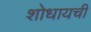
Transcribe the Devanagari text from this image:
शोधायची